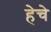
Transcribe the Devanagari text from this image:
हेचे